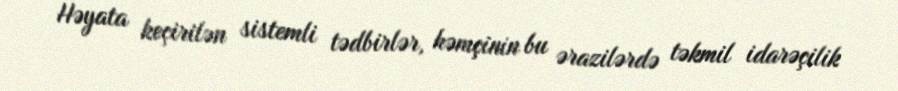
Həyata keçirilən sistemli tədbirlər, həmçinin bu ərazilərdə təkmil idarəçilik